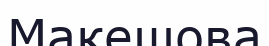
Макешова